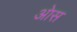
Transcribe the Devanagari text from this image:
आेस